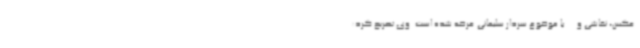
عکس، نقاشی و ... با موضوع سردار سلیمانی عرضه شده است. وی تصریح کرد: